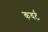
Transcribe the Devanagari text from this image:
कवर्ट